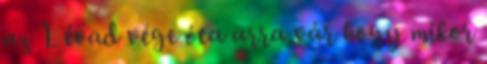
az 1. évad vége óta arra vár hogy mikor